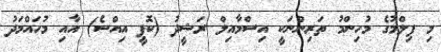
މި ފިލްމުގެ މުހިންމު ތަރިންނަކީ އިސްމާއިލް ރަޝީދު (ކޮޕީ އިއްސެ) އާއި މުހައްމަދު